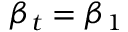
\beta _ { t } = \beta _ { 1 }